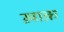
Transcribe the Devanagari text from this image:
ख़ाक़